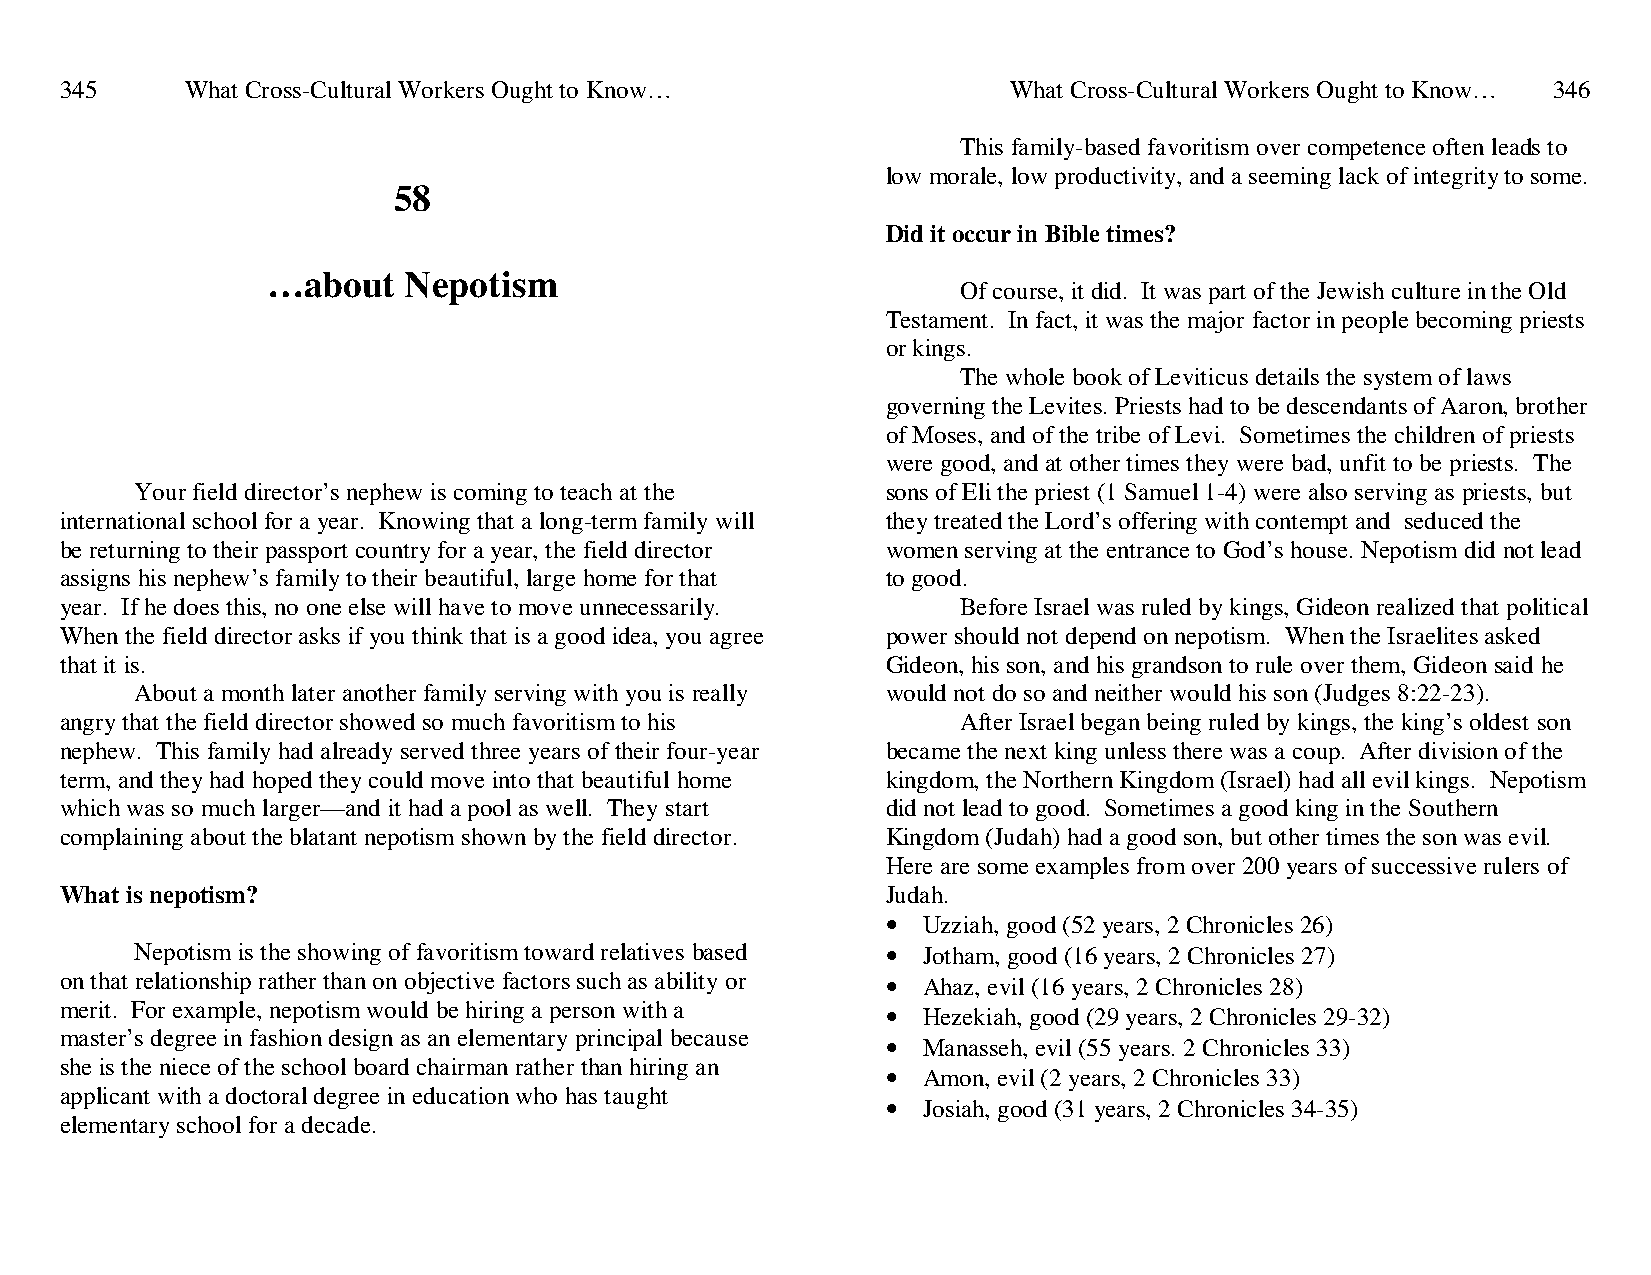
345     What Cross-Cultural Workers Ought to Know…             What Cross-Cultural Workers Ought to Know… 346
 This family-based favoritism over competence often leads to
 low morale, low productivity, and a seeming lack of integrity to some.
 58
 Did it occur in Bible times?
 …about   Nepotism
 Of course, it did. It was part of the Jewish culture in the Old
 Testament. In fact, it was the major factor in people becoming priests
 or kings.
 The whole book of Leviticus details the system of laws
 governing the Levites. Priests had to be descendants of Aaron, brother
 of Moses, and of the tribe of Levi. Sometimes the children of priests
 were good, and at other times they were bad, unfit to be priests. The
 Your field director’s nephew is coming to teach at the sons of Eli the priest (1 Samuel 1-4) were also serving as priests, but
 international school for a year. Knowing that a long-term family will they treated the Lord’s offering with contempt and seduced the
 be returning to their passport country for a year, the field director women serving at the entrance to God’s house. Nepotism did not lead
 assigns his nephew’s family to their beautiful, large home for that to good.
 year. If he does this, no one else will have to move unnecessarily. Before Israel was ruled by kings, Gideon realized that political
 When the field director asks if you think that is a good idea, you agree power should not depend on nepotism. When the Israelites asked
 that it is.                                            Gideon, his son, and his grandson to rule over them, Gideon said he
 About a month later another family serving with you is really would not do so and neither would his son (Judges 8:22-23).
 angry that the field director showed so much favoritism to his After Israel began being ruled by kings, the king’s oldest son
 nephew. This family had already served three years of their four-year became the next king unless there was a coup. After division of the
 term, and they had hoped they could move into that beautiful home kingdom, the Northern Kingdom (Israel) had all evil kings. Nepotism
 which was so much larger—and it had a pool as well. They start did not lead to good. Sometimes a good king in the Southern
 complaining about the blatant nepotism shown by the field director. Kingdom (Judah) had a good son, but other times the son was evil.
 Here are some examples from over 200 years of successive rulers of
 What is nepotism?                                      Judah.
 • Uzziah, good (52 years, 2 Chronicles 26)
 Nepotism is the showing of favoritism toward relatives based • Jotham, good (16 years, 2 Chronicles 27)
 on that relationship rather than on objective factors such as ability or • Ahaz, evil (16 years, 2 Chronicles 28)
 merit. For example, nepotism would be hiring a person with a • Hezekiah, good (29 years, 2 Chronicles 29-32)
 master’s degree in fashion design as an elementary principal because • Manasseh, evil (55 years. 2 Chronicles 33)
 she is the niece of the school board chairman rather than hiring an • Amon, evil (2 years, 2 Chronicles 33)
 applicant with a doctoral degree in education who has taught
 • Josiah, good (31 years, 2 Chronicles 34-35)
 elementary school for a decade.